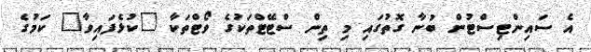
އެ ސައިންޓިސްޓުން ބުނާ ގޮތުގައި މި ތިން ސްޓޭޓްތަކުގެ ވޯޓްތަކާ "ކުޅެފައިވާ" ކަމުގެ